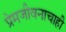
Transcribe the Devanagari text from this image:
प्रेमजीवनाचाही